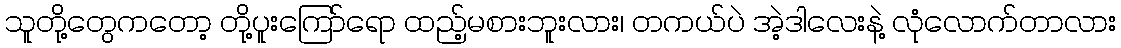
သူတို့တွေကတော့ တို့ပူးကြော်ရော ထည့်မစားဘူးလား၊ တကယ်ပဲ အဲ့ဒါလေးနဲ့ လုံလောက်တာလား